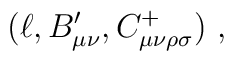
(\ell, B'_{\mu\nu}, C^+_{\mu\nu\rho\sigma})\ ,